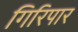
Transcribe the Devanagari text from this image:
गिरिपार